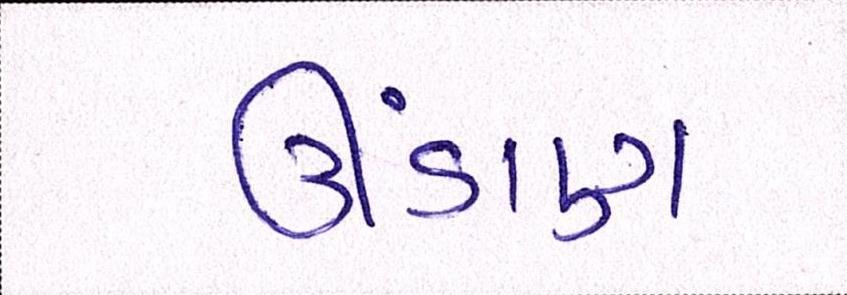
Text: ઊંડાણ